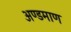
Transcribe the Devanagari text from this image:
अण्डमाण